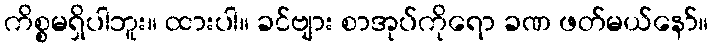
ကိစ္စမရှိပါဘူး။ ထားပါ။ ခင်ဗျား စာအုပ်ကိုရော ခဏ ဖတ်မယ်နော်။